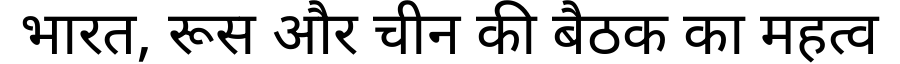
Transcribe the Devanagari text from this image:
भारत, रूस और चीन की बैठक का महत्व